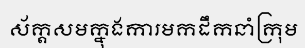
ស័ក្តសមក្នុងការមកដឹកនាំក្រុម